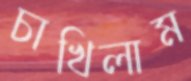
চাখিলাম